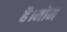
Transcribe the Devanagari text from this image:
है।मोम